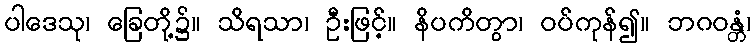
ပါဒေသု၊ ခြေတို့၌။ သိရသာ၊ ဦးဖြင့်။ နိပကိတွာ၊ ဝပ်ကုန်၍။ ဘဂဝန္တံ၊